Annual administration report of the Civil Veterinary Department of India - 1897-1898
Year: 1897
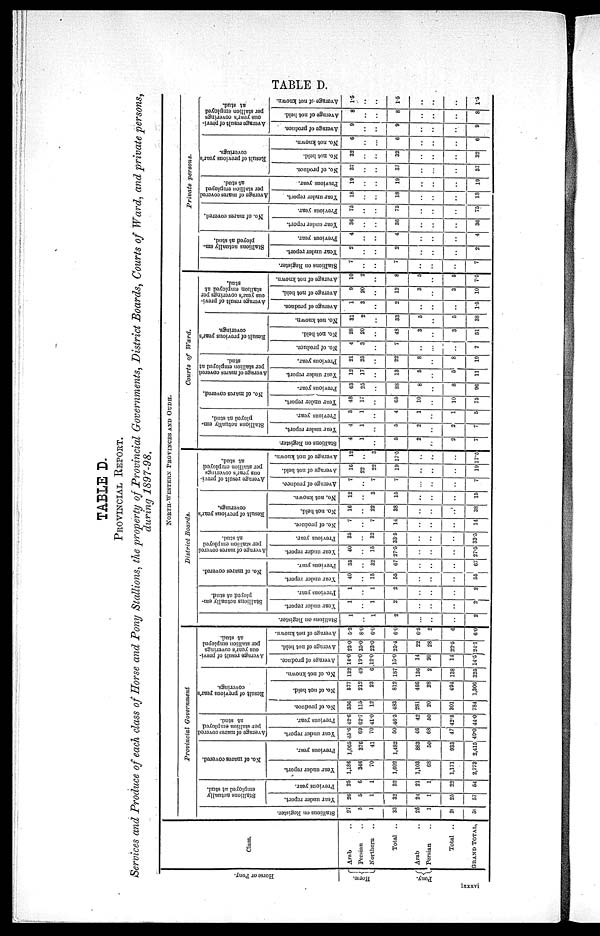
TABLE D.
TABLE D.
PROVINCIAL REPORT.
Services and Produce of each class of Horse and Pony Stallions, the property of Provincial Governments, District Boards, Courts of Ward, and private persons,
during 1897-98.
Hor s e or Pony.
Horse.
Pony.
Class.
Arab ..
Persian ..
Northern ..
Total ..
Arab ..
Persian ..
Total ..
GRAND TOTAL.
NORTH-WESTERN PROVINCES AND OUDH.
Provincial
Government
Stallions on Register.
27
5
1
33
25
1
20
59
Stallions actually
employed at stud.
Year under report.
26
5
1
32
24
1
25
57
Previous year.
25
6
1
32
21
1
22
54
No. of mares covered.
Year under report.
1,186
346
70
1,602
1,103
1,171
2,773
Previous year.
1,065
376
41
1,482
883
50
933
2,415
Average of mares covered
per stallion employed
at stud.
Year under report.
45.6
69
70
50
46
68
47
49.0
Previous year.
42.6
62.7
41.0
46.3
42
50
42.5
44.0
Result of previous year's
coverings.
No. of produce.
356
115
12
483
281
20
301
784
No. of not held.
577
212
23
812
466
28
494
1,306
No. of not known.
132
49
6
187
136
2
138
325
Average result of previ-
ous year's coverings
per stallion employed
at stud.
Average of produce.
14.0
19.0
12.0
15.0
14
14
14.5
Average of not held.
23.0
35.0
23.0
25.4
22
28
22.5
24.1
Average of not known.
5.3
8.0
6.0
6.0
6.5
2
6
6.0
District Boards.
Stallions on Register.
1
..
1
2
..
..
..
2
Stallions actually em-
ployed at stud.
Year under report.
1
..
1
2
..
..
..
2
Previous year.
1
..
1
2
..
..
..
2
No. of mares covered.
Year under report.
40
..
15
55
..
..
..
55
Previous year.
35
..
32
67
..
..
..
67
Average of mares covered
per stallion employed
at stud.
Year under report.
40
..
15
27.5
..
..
..
27.5
Previous year.
35
..
32
33.5
..
..
..
33.5
Result of previous year's
coverings.
No. of produce.
7
..
7
14
..
..
..
14
No. not held.
16
..
22
38
..
..
..
38
No. not known.
12
..
3
15
..
..
..
15
Average result of previ-
ous year's coverings
per stallion employed
at stud.
Average of produce.
7
..
7
7
..
..
..
7
Average of not held.
16
22
22
19
..
....
..
19
Average of not known.
12
..
3
17.5
..
..
..
17.5
Courts of Ward.
St al l
i
ons on Register.
4
1
..
5
2
..
2
7
Stallions actually em-
ployed at stud.
Year under report.
4
1
....
5
2
..
2
7
Previous year.
3
1
..
4
1
....
1
5
No. of mares covered.
Tear under report.
48
17
..
65
10
..
10
75
Previous year-
63
25
..
88
8
..
8
96
Average result of previ-
ous year's coverings
per stallion employed
at stud.
Year under report.
12
17
..
13
5
..
5
11
Previous year.
21
25
..
22
8
..
8
19
Result of previous year's
coverings.
No. of produce.
4
3
..
7
..
..
..
7
No. not held.
28
20
..
48
3
..
3
51
No. not known.
31
2
..
33
5
..
5
38
Average result of previ-
ous year's coverings
per stallion employed
at stud.
Average of produce.
1
3
..
2
..
..
..
1.5
Average of not held.
9
20
..
12
3
..
3
10
Average of not known.
10
..
..
..
..
..
..
7.5
Private persons.
St al l
i
ons on Regi s t
er .
7
..
..
7
..
..
..
7
Stallions actually em-
ployed at stud.
Year under report.
2
..
2
..
..
..
2
Previous year.
4
..
..
4
..
..
..
4
No. of mares covered.
Year under report.
36
..
..
36
..
..
..
36
Previous year.
75
..
..
..
..
..
..
75
Average result of previ-
ous year's coverings
per stallion employed
at stud.
Year under report.
18
..
..
18
..
..
..
18
Previous year.
19
..
..
19
..
..
..
19
Result of previou
coverings.
No. of produce.
37
..
..
37
..
..
..
37
No. not held.
32
..
..
32
..
..
..
32
No. not known.
6
..
..
6
..
..
..
6
Average result of
ous year's coverin
per stallion emplo
at stud.
Average of produce.
9
..
..
9
..
..
..
9
Average of not held.
8
..
..
8
..
..
..
8
Average of not known.
1.5
..
..
1.5
..
..
..
1.5
lxxxvi